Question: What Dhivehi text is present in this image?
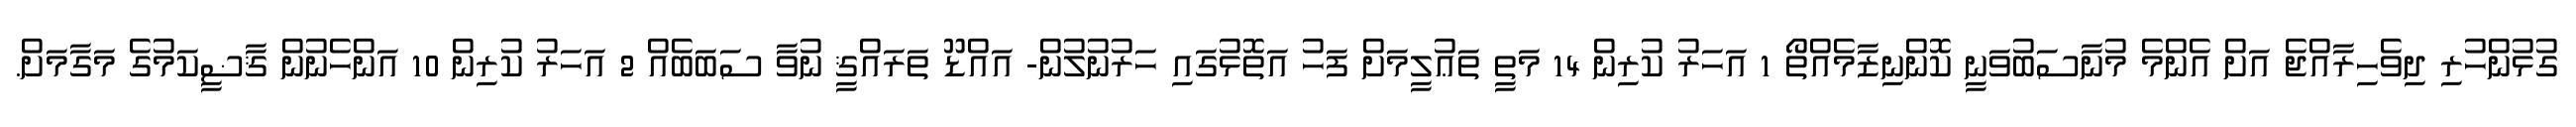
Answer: ގުޅުންހުރި ދިވެހިރާއްޖެ އަށް އެންމެ މުނާސަބުވަނީ ކޮންނިޒާމެއްތޯ 1 އަހަރު ކުރިން 14 މަތީ ތަޢުލީމަށް ފަހު އަތޮޅުގައި ހަރުނުލުން- އައްޑޫ ތަރައްޤީ ނުވާ ސަބަބެއް 2 އަހަރު ކުރިން 10 އަންހެނުން ޤާޟީކަމުގެ މަގާމަށް.